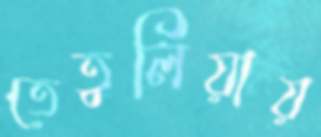
তেতুলিয়ায়